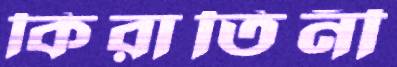
কিরাতিনী